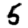
Digit: 5